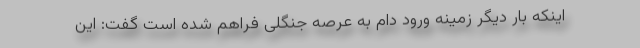
اینکه بار دیگر زمینه ورود دام به عرصه جنگلی فراهم شده است گفت: این